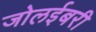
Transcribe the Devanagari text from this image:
जोलईबरी